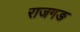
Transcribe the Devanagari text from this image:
राजगङ